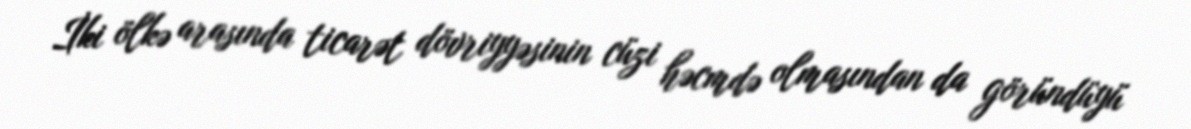
İki ölkə arasında ticarət dövriyyəsinin cüzi həcmdə olmasından da göründüyü